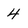
Character: 4